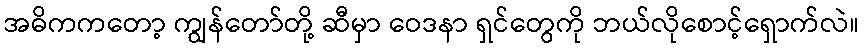
အဓိကကတော့ ကျွန်တော်တို့ ဆီမှာ ဝေဒနာ ရှင်တွေကို ဘယ်လိုစောင့်ရှောက်လဲ။